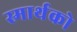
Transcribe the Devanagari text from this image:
स्मार्थको